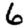
Digit: 6